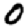
Digit: 0